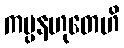
ကပ္ပနဟုတေဟိ